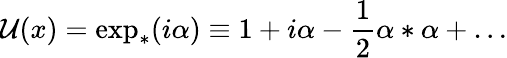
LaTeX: {\cal U}(x)=\exp_{*}(i\alpha)\equiv 1+i\alpha-\frac{1}{2}\alpha*\alpha+\ldots